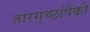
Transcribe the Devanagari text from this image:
तारगुच्छांपैकी